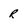
Character: r